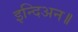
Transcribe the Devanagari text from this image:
इन्दिअन॥